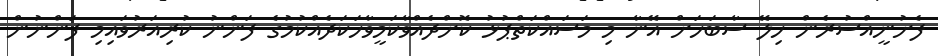
ފެށުނީއްސުރެން ހިލޭ ސާބަހަށް އޭނާ މި މަސައްކަތްޕުޅު ކޮށްދެއްވާކަމީވާހަކަދެއްކުމުގެ ފަންނު ކުރިއަރުވައިމި ފަންނުން